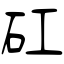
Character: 矼